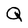
Character: Q